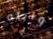
وابنه